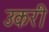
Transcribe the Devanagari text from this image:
उकरी